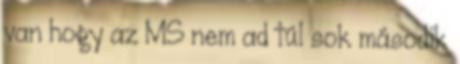
van hogy az MS nem ad túl sok második